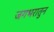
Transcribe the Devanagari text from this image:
जगभरातुन